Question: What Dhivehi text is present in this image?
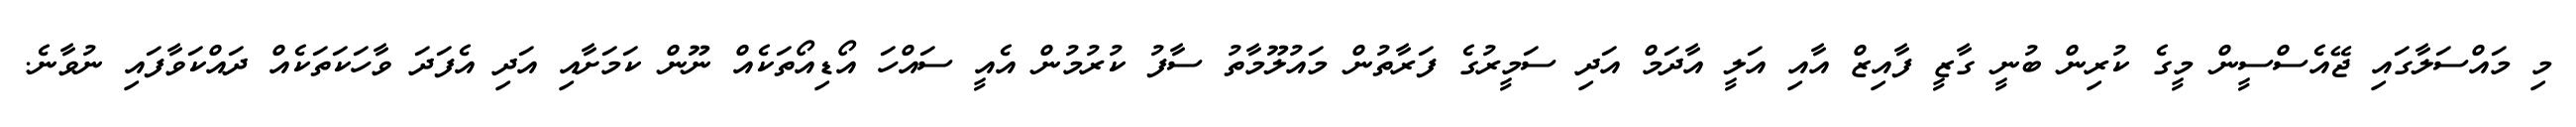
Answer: މި މައްސަލާގައި ޖޭއެސްސީން މީގެ ކުރިން ބުނީ ގާޒީ ފާއިޒް އާއި އަލީ އާދަމް އަދި ސަމީރުގެ ފަރާތުން މައުލޫމާތު ސާފު ކުރުމުން އެއީ ސައްހަ އޯޑިއޯތަކެއް ނޫން ކަމަށާއި އަދި އެފަދަ ވާހަކަތަކެއް ދައްކަވާފައި ނުވާނެ.